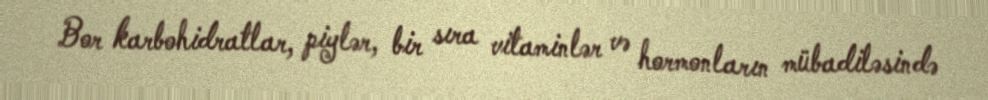
Bor karbohidratlar, piylər, bir sıra vitaminlər və hormonların mübadiləsində